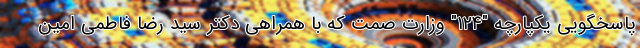
پاسخگویی یکپارچه "۱۲۴" وزارت صمت که با همراهی دکتر سید رضا فاطمی امین